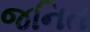
જનિત